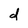
Character: d